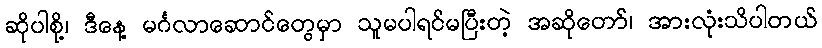
ဆိုပါစို့၊ ဒီနေ့ မင်္ဂလာဆောင်တွေမှာ သူမပါရင်မပြီးတဲ့ အဆိုတော်၊ အားလုံးသိပါတယ်